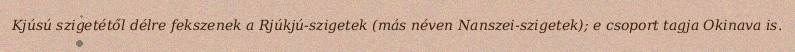
Kjúsú szigetétől délre fekszenek a Rjúkjú-szigetek (más néven Nanszei-szigetek); e csoport tagja Okinava is.